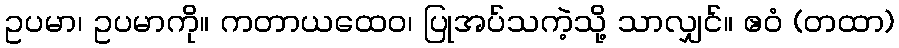
ဥပမာ၊ ဥပမာကို။ ကတာယထေဝ၊ ပြုအပ်သကဲ့သို့ သာလျှင်။ ဧဝံ (တထာ)